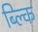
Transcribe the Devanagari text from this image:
ब्ल्कि